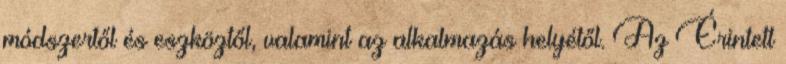
módszertől és eszköztől, valamint az alkalmazás helyétől. Az Érintett